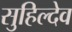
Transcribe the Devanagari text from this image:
सुहिल्देव